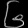
Digit: ၆